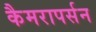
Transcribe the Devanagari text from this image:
कैमरापर्सन